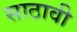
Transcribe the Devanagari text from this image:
साठावी